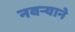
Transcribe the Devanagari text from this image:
नवर्‍याने